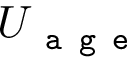
U _ { \texttt { a g e } }